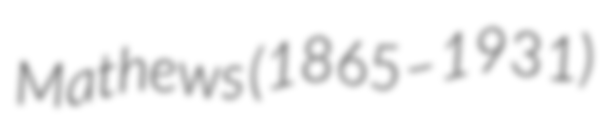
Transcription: Mathews (1865–1931)